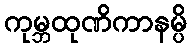
ကုမ္ဘထုဏိကာနမ္ပိ